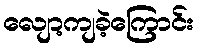
လျော့ကျခဲ့ကြောင်း